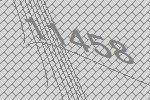
11458